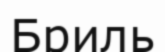
Бриль